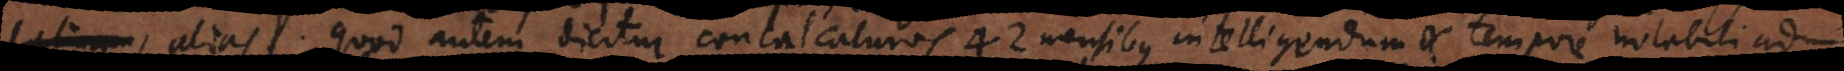
Latinam, alias. Quod autem dicitur conculcaturos 42 mensibus intelligendum a tempore notabili ad